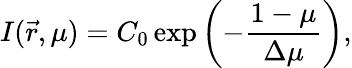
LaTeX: I(\vec{r},\mu)=C_{0}\exp\left(-\frac{1-\mu}{\Delta\mu}\right),